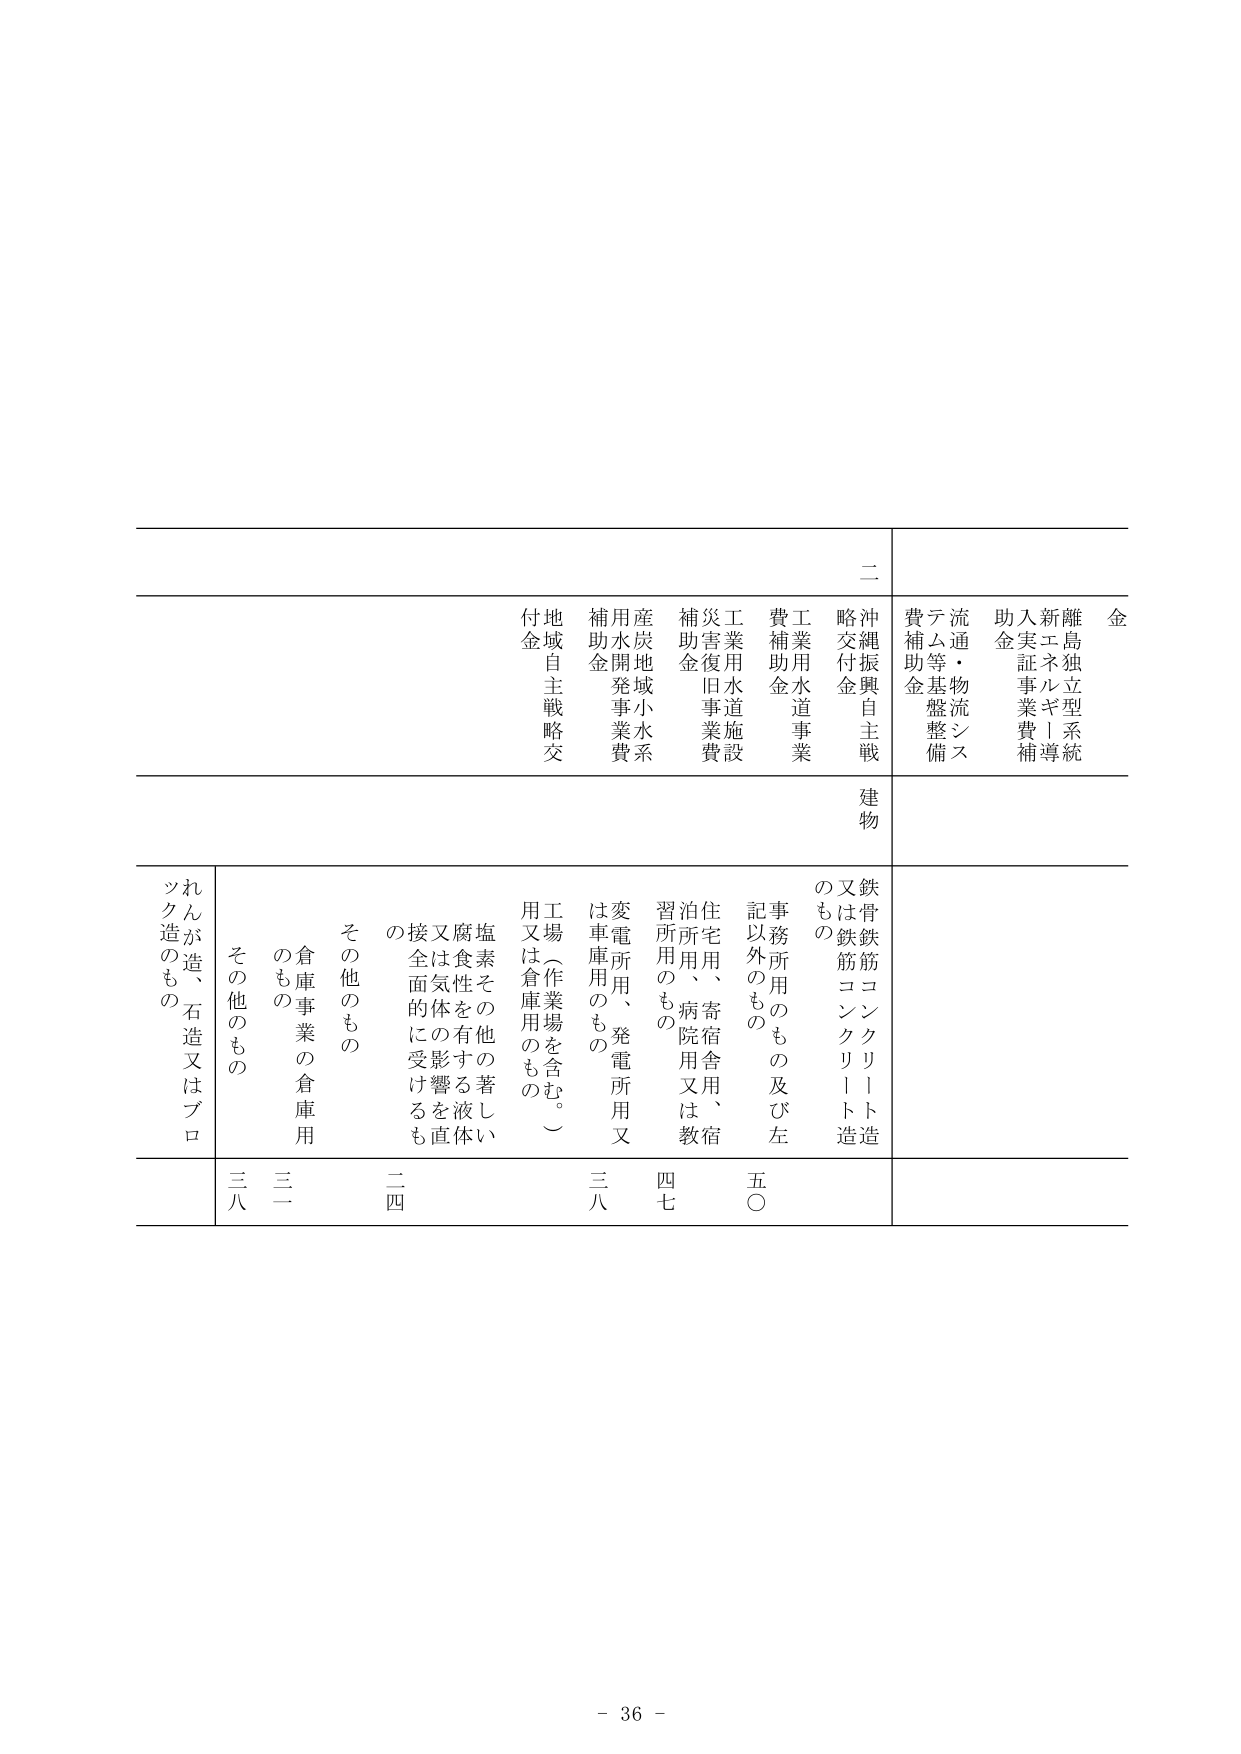
二
沖縄振興自主戦略交付金
工業用水道事業費補助金
工業用水道施設災害復旧事業費補助金
産地地小水系用水開発事業費補助金
地域自主戦略交付金
建物
鉄骨鉄筋コンクリート造又は鉄筋コンクリート造のもの
事務所用のもの及び左記以外のもの
住宅用、寄宿舎、宿泊所用、病院用又は教習所用のもの
変電所用、発電所用又は車庫用のもの
工場（作業場を含む。）用又は倉庫用のもの
塩素その他の著しい腐食性を有する液体又は気体の影響を直接的に受けるもの
その他のもの
倉庫事業の倉庫用のもの
その他のもの
れんが造、石造又はブロック造のもの
三八
三一
二四
五〇
四七
三八
金
離島独立型系統
新エネルギー導入実証事業費補助金
流通・物流システム等基盤整備費補助金
- 36 -